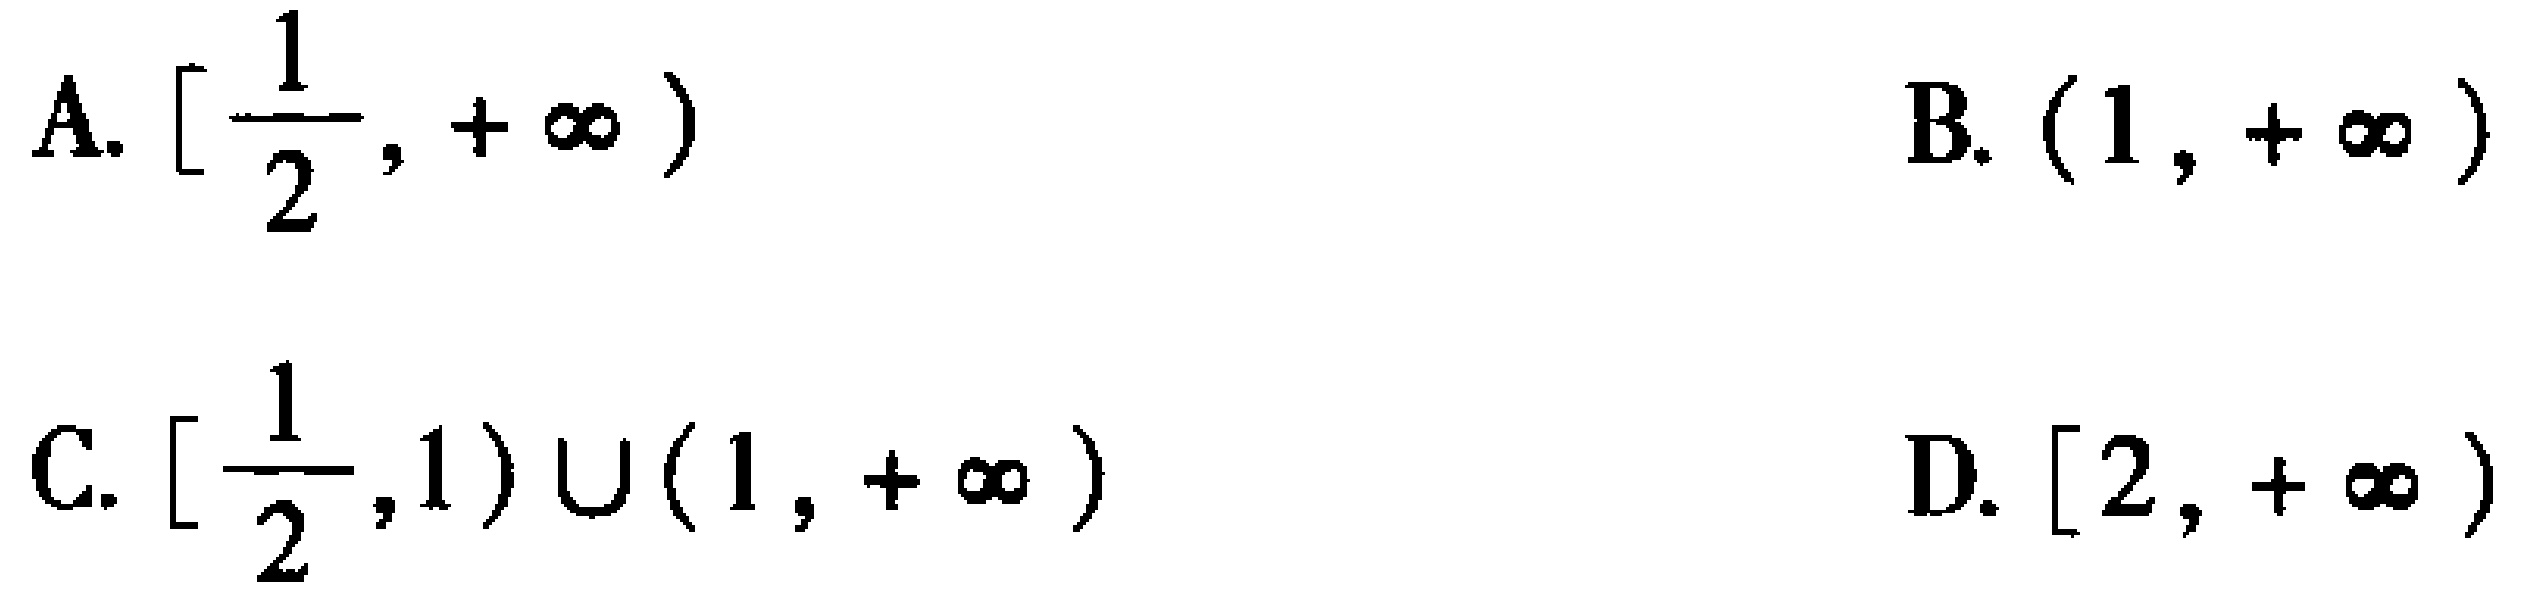
A. $\left[\frac{1}{2},+\infty\right)$

B. $(1,+\infty)$

C. $\left[\frac{1}{2},1\right)\cup(1,+\infty)$

D. $[2,+\infty)$